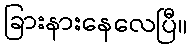
ခြားနားနေလေပြီ။